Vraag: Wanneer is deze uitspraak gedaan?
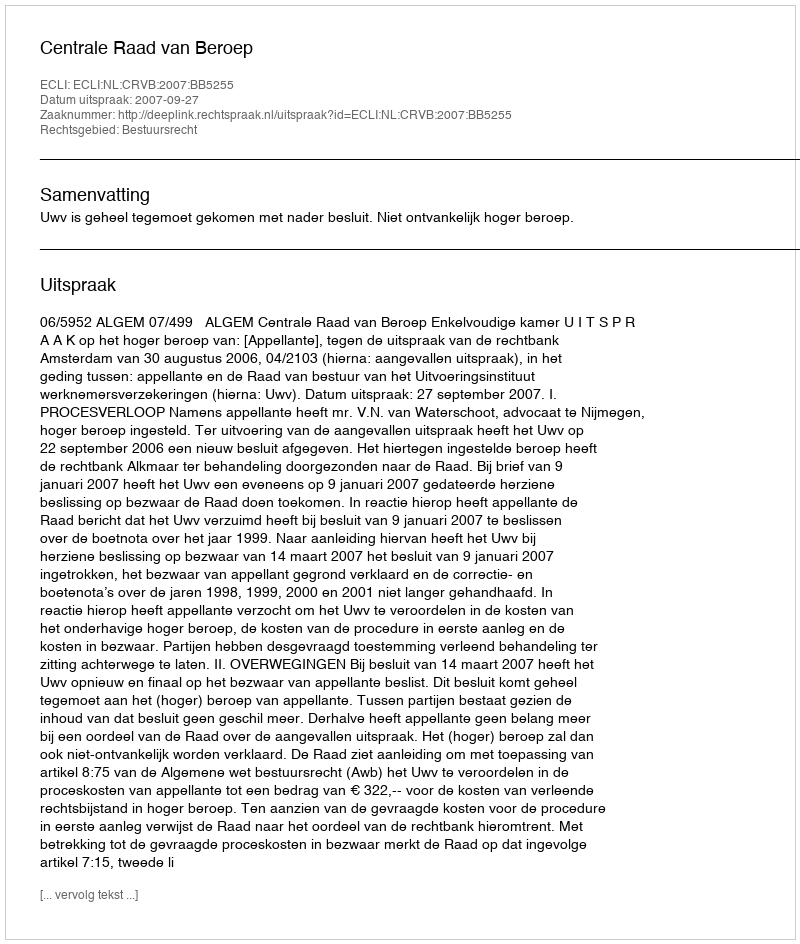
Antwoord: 2007-09-27